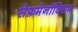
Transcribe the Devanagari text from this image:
सेफ़मेनॉक्सिम